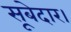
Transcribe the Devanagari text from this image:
सूबेदार।